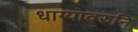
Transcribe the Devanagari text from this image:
धाग्यावरुनि